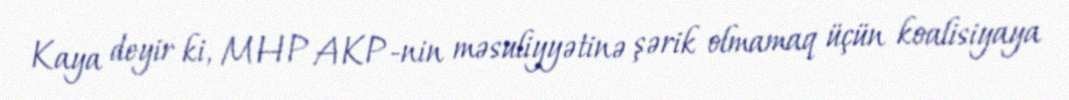
Kaya deyir ki, MHP AKP-nin məsuliyyətinə şərik olmamaq üçün koalisiyaya